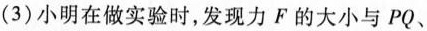
(3)小明在做实验时，发现力F的大小与PQ、